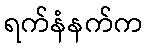
ရက်နံနက်က